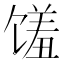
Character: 馐